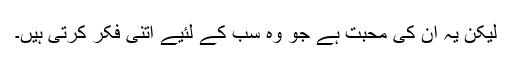
لیکن یہ ان کی محبت ہے جو وہ سب کے لئیے اتنی فکر کرتی ہیں۔